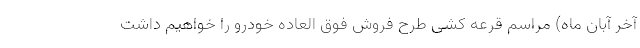
آخر آبان ماه) مراسم قرعه کشی طرح فروش فوق العاده خودرو را خواهیم داشت